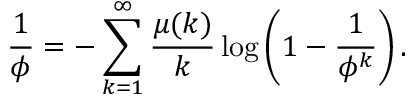
{ \frac { 1 } { \phi } } = - \sum _ { k = 1 } ^ { \infty } { \frac { \mu ( k ) } { k } } \log \left( 1 - { \frac { 1 } { \phi ^ { k } } } \right) .